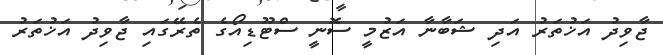
ޖާވިދު އަޚުތަރު އަދި ޝަބާނާ އަޒުމީ ސޮނީ ސްޓޫޑިއޯގެ ތެރޭގައި ޖާވިދު އަޚުތަރު